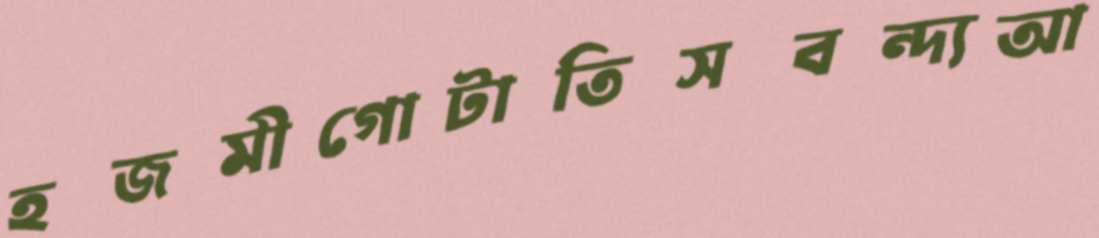
হজমীগোটাতিসবন্দ্যআ